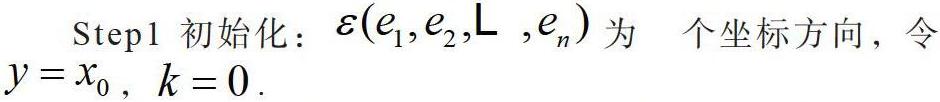
Step1 初始化：$\varepsilon(e_1,e_2,\L,e_n)$ 为  个坐标方向，令 $y = x_0$，$k = 0$。